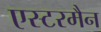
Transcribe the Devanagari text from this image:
एस्टरमैन